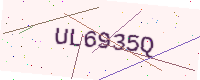
Text: UL6935Q